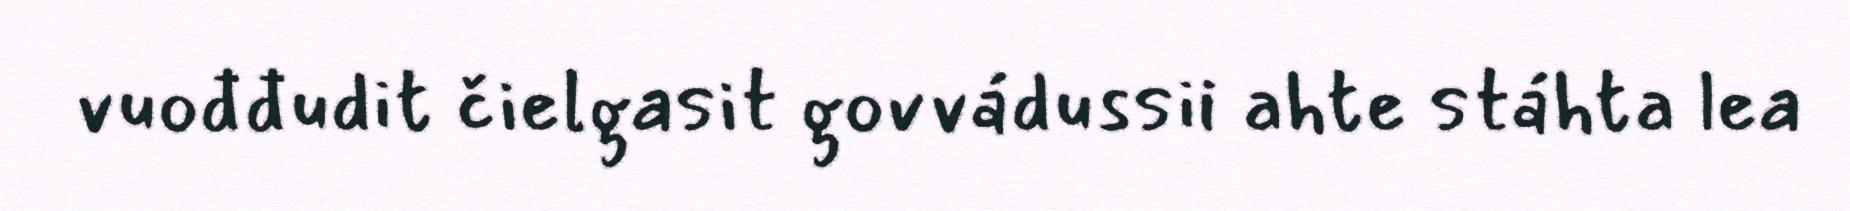
vuođđudit čielgasit govvádussii ahte stáhta lea